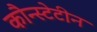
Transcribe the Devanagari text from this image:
कौन्स्टेटीन